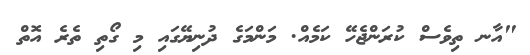
"އާނ ތިވެސް ކުރަންޖެހޭ ކަމެއް. މަންމަގެ ދުނިޔޭގައި މި ގޯތި ތެރެ އޮތް